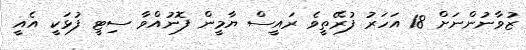
ޒުވާނުންނަށް 18 އަހަރު ފުރޭތީވެ ރައީސް ޔާމީން ފޮނުއްވާ ސިޓީ ފުޅަކީ އެއީ